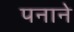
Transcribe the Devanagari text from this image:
पनाने